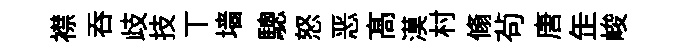
襟呑歧技丅墙驄怒恶髙漠村翛茍唐𦈢峻